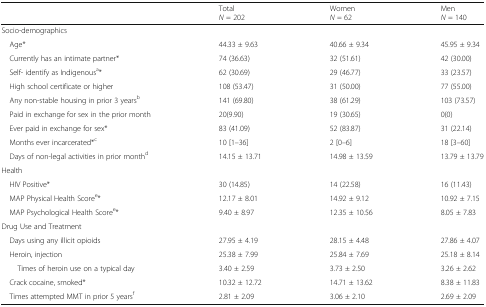
<table><thead><tr><td></td><td><b>Total<i>N</i> = 202</b></td><td><b>Women<i>N</i> = 62</b></td><td><b>Men<i>N</i> = 140</b></td></tr></thead><tbody><tr><td colspan="4">Socio-demographics</td></tr><tr><td> Age*</td><td>44.33 ± 9.63</td><td>40.66 ± 9.34</td><td>45.95 ± 9.34</td></tr><tr><td> Currently has an intimate partner*</td><td>74 (36.63)</td><td>32 (51.61)</td><td>42 (30.00)</td></tr><tr><td> Self- identify as Indigenous<sup>a</sup>*</td><td>62 (30.69)</td><td>29 (46.77)</td><td>33 (23.57)</td></tr><tr><td> High school certificate or higher</td><td>108 (53.47)</td><td>31 (50.00)</td><td>77 (55.00)</td></tr><tr><td> Any non-stable housing in prior 3 years<sup>b</sup></td><td>141 (69.80)</td><td>38 (61.29)</td><td>103 (73.57)</td></tr><tr><td> Paid in exchange for sex in the prior month</td><td>20(9.90)</td><td>19 (30.65)</td><td>0(0)</td></tr><tr><td> Ever paid in exchange for sex*</td><td>83 (41.09)</td><td>52 (83.87)</td><td>31 (22.14)</td></tr><tr><td> Months ever incarcerated*<sup>c</sup></td><td>10 [1–36]</td><td>2 [0–6]</td><td>18 [3–60]</td></tr><tr><td> Days of non-legal activities in prior month<sup>d</sup></td><td>14.15 ± 13.71</td><td>14.98 ± 13.59</td><td>13.79 ± 13.79</td></tr><tr><td colspan="4">Health</td></tr><tr><td> HIV Positive*</td><td>30 (14.85)</td><td>14 (22.58)</td><td>16 (11.43)</td></tr><tr><td> MAP Physical Health Score<sup>e</sup>*</td><td>12.17 ± 8.01</td><td>14.92 ± 9.12</td><td>10.92 ± 7.15</td></tr><tr><td> MAP Psychological Health Score<sup>e</sup>*</td><td>9.40 ± 8.97</td><td>12.35 ± 10.56</td><td>8.05 ± 7.83</td></tr><tr><td colspan="4">Drug Use and Treatment</td></tr><tr><td> Days using any illicit opioids</td><td>27.95 ± 4.19</td><td>28.15 ± 4.48</td><td>27.86 ± 4.07</td></tr><tr><td> Heroin, injection</td><td>25.38 ± 7.99</td><td>25.84 ± 7.69</td><td>25.18 ± 8.14</td></tr><tr><td>Times of heroin use on a typical day</td><td>3.40 ± 2.59</td><td>3.73 ± 2.50</td><td>3.26 ± 2.62</td></tr><tr><td> Crack cocaine, smoked*</td><td>10.32 ± 12.72</td><td>14.71 ± 13.62</td><td>8.38 ± 11.83</td></tr><tr><td> Times attempted MMT in prior 5 years<sup>f</sup></td><td>2.81 ± 2.09</td><td>3.06 ± 2.10</td><td>2.69 ± 2.09</td></tr></tbody></table>